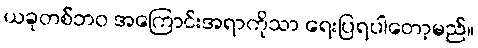
ယခုတစ်ဘဝ အကြောင်းအရာကိုသာ ရေးပြရပါတော့မည်။